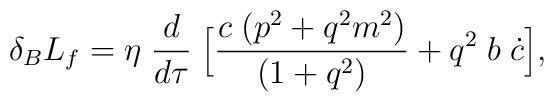
\delta_{B}  L_{f} = \eta\;\frac{d}{d \tau} \;\Bigl [ \frac{c\; ( p^2 + q^2 m^2)}{( 1 + q^2 )} + q^2\;b\;\dot c \Bigr ],